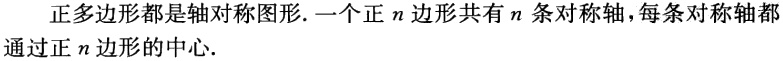
正多边形都是轴对称图形. 一个正\(n\)边形共有\(n\)条对称轴，每条对称轴都通过正\(n\)边形的中心.